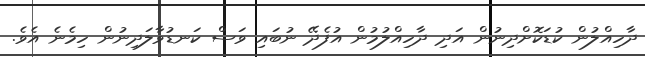
ދާހިއްލުން ކުޑަކޮށްދިނުން އަދި ދާހިއްލުމުން އުފެދޭ ނުބައި ވަސް ކަނޑުވާލަދިނުން ހިމެނެ އެވެ.